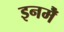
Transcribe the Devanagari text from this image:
इनमेँ